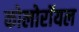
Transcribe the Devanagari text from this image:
कोलोरॉयल